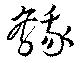
鵞